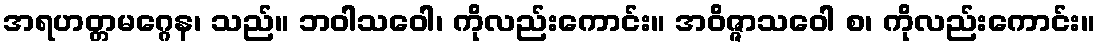
အရဟတ္တမဂ္ဂေန၊ သည်။ ဘဝါသဝေါ၊ ကိုလည်းကောင်း။ အဝိဇ္ဇာသဝေါ စ၊ ကိုလည်းကောင်း။